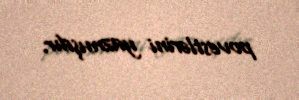
povestlərini yazmışdır.